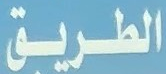
الطريق